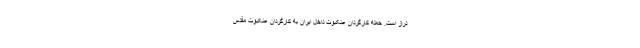
دراز است. حمله کارگردان عنکبوت داخل ایران به کارگردان عنکبوت مقدس